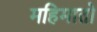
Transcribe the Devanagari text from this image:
महिमातो